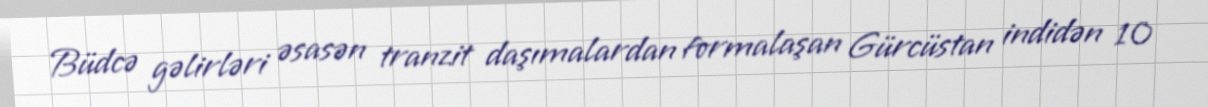
Büdcə gəlirləri əsasən tranzit daşımalardan formalaşan Gürcüstan indidən 10